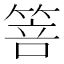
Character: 箁